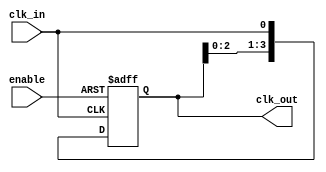
module skew_optimized_clock_buffer #(
    parameter N = 4,                // Number of outputs
    parameter DRIVE_STRENGTH = 2    // Adjustable drive strength (1, 2, 3, etc.)
)(
    input wire clk_in,              // Input clock signal
    input wire enable,              // Enable signal for the clock outputs
    output reg [N-1:0] clk_out      // Buffered clock outputs
);

// Internal signals for buffering
reg [N-1:0] clk_buf;

// Buffering logic with skew optimization
always @(posedge clk_in or negedge enable) begin
    if (!enable) begin
        clk_buf <= {N{1'b0}};        // Disable all outputs
    end else begin
        // Buffer the clock signal with minimal skew
        clk_buf[0] <= clk_in;        // Directly connect the input clock
        clk_buf[1] <= clk_buf[0];    // Buffer stage 1
        clk_buf[2] <= clk_buf[1];    // Buffer stage 2
        clk_buf[3] <= clk_buf[2];    // Buffer stage 3
        // Add more stages if N > 4
    end
end

// Assign buffered clock to outputs with adjustable drive strength
generate
    genvar i;
    for (i = 0; i < N; i = i + 1) begin : clk_output
        always @(clk_buf[i]) begin
            // Adjust drive strength based on parameter
            if (DRIVE_STRENGTH == 1) begin
                clk_out[i] <= clk_buf[i]; // Low drive strength
            end else if (DRIVE_STRENGTH == 2) begin
                clk_out[i] <= clk_buf[i]; // Medium drive strength
            end else begin
                clk_out[i] <= clk_buf[i]; // High drive strength
            end
        end
    end
endgenerate

endmodule